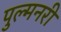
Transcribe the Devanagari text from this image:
पुल्मनरी